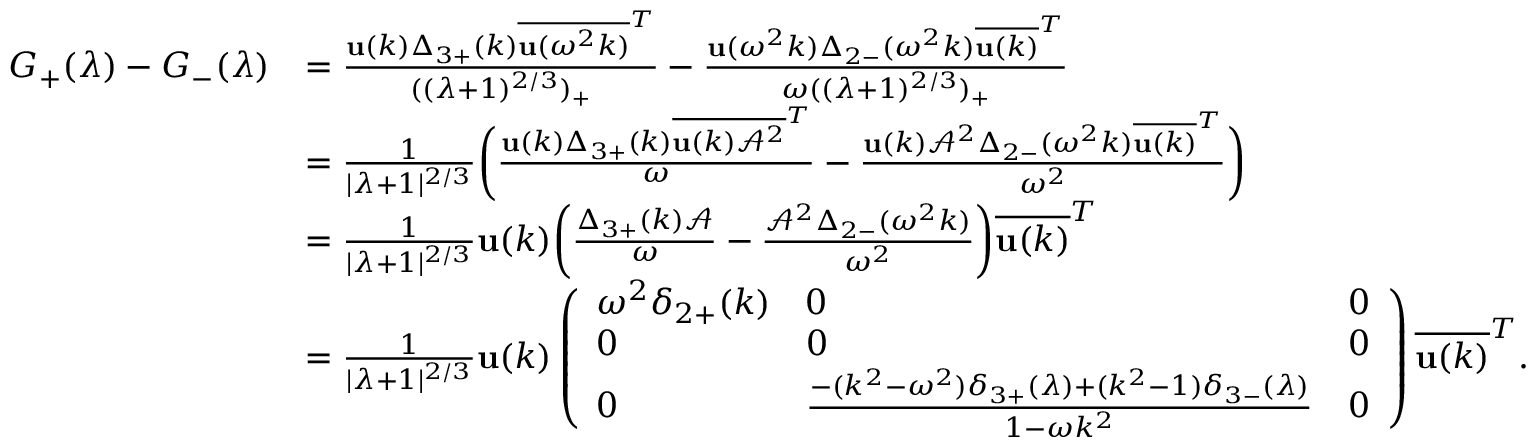
\begin{array} { r l } { G _ { + } ( \lambda ) - G _ { - } ( \lambda ) } & { = \frac { \mathbf { u } ( k ) \Delta _ { 3 + } ( k ) \overline { { \mathbf { u } ( \omega ^ { 2 } k ) } } ^ { T } } { ( ( \lambda + 1 ) ^ { 2 / 3 } ) _ { + } } - \frac { \mathbf { u } ( \omega ^ { 2 } k ) \Delta _ { 2 - } ( \omega ^ { 2 } k ) \overline { { \mathbf { u } ( k ) } } ^ { T } } { \omega ( ( \lambda + 1 ) ^ { 2 / 3 } ) _ { + } } } \\ & { = \frac { 1 } { | \lambda + 1 | ^ { 2 / 3 } } \bigg ( \frac { \mathbf { u } ( k ) \Delta _ { 3 + } ( k ) \overline { { \mathbf { u } ( k ) \mathcal { A } ^ { 2 } } } ^ { T } } { \omega } - \frac { \mathbf { u } ( k ) \mathcal { A } ^ { 2 } \Delta _ { 2 - } ( \omega ^ { 2 } k ) \overline { { \mathbf { u } ( k ) } } ^ { T } } { \omega ^ { 2 } } \bigg ) } \\ & { = \frac { 1 } { | \lambda + 1 | ^ { 2 / 3 } } \mathbf { u } ( k ) \bigg ( \frac { \Delta _ { 3 + } ( k ) \mathcal { A } } { \omega } - \frac { \mathcal { A } ^ { 2 } \Delta _ { 2 - } ( \omega ^ { 2 } k ) } { \omega ^ { 2 } } \bigg ) \overline { { \mathbf { u } ( k ) } } ^ { T } } \\ & { = \frac { 1 } { | \lambda + 1 | ^ { 2 / 3 } } \mathbf { u } ( k ) \left( \begin{array} { l l l } { \omega ^ { 2 } \delta _ { 2 + } ( k ) } & { 0 } & { 0 } \\ { 0 } & { 0 } & { 0 } \\ { 0 } & { \frac { - ( k ^ { 2 } - \omega ^ { 2 } ) \delta _ { 3 + } ( \lambda ) + ( k ^ { 2 } - 1 ) \delta _ { 3 - } ( \lambda ) } { 1 - \omega k ^ { 2 } } } & { 0 } \end{array} \right) \overline { { \mathbf { u } ( k ) } } ^ { T } . } \end{array}